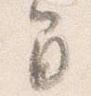
間